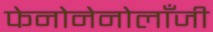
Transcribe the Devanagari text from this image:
फेनोनेनोलाँजी